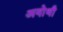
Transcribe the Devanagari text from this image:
अयोथी